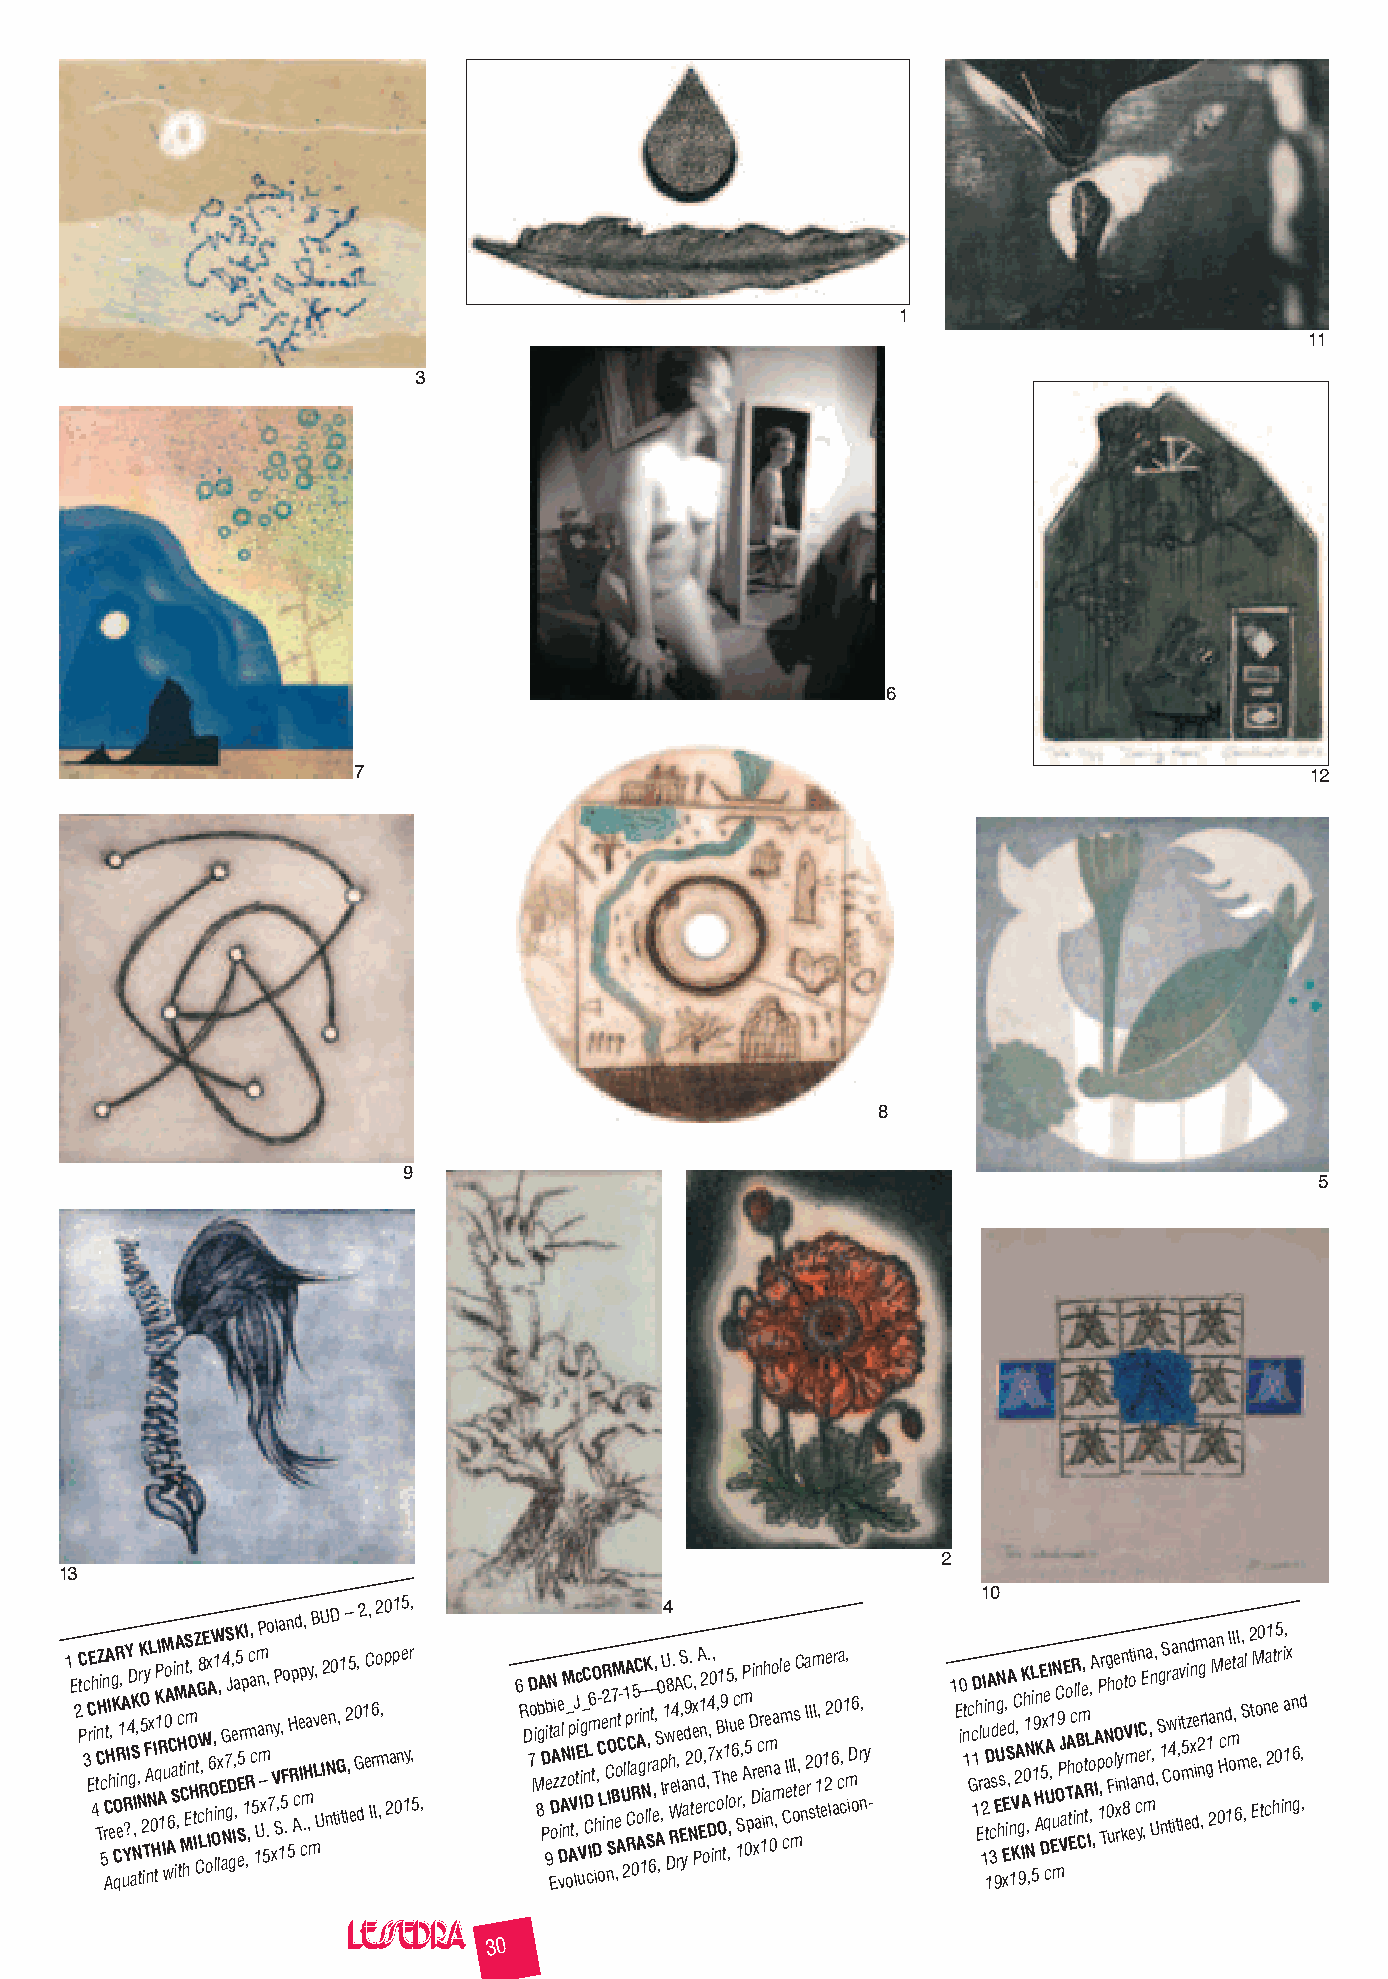
1
 11
 3
 6
 7                                                               12
 8
 9
 5
 2
 13
 10
 1 E 2 tC Pc 3 C ErE h 4 i tC TnZ Hi c 5n rC AtA HI h e ,g K O C
 q
 R R ei1, nA uYR ? Y I4D g aSK , NI , , N trK 5 O 2 iTy F A nNL x 0 HI tqP K 1I AR 1 M Iu w0o A A 6C Sa i M iA , n c H tt C M hiS Et m nA O H, t I Z CtG c8 W LR,E ohx IA 6 OW O,1 i
 l
 , lx nE aG N4 7S gJ D g, e I,a ,K 5 S5 eE rp 1 mI ,R ,c, a c 5 1U m n aP m – x 5, .no 7 xVyP Sl , 1a , 5Fo . n 5 H Rp Acd e Ip cm ., Ha , y m B , Lv U U e I2 nNn0D tG, i1 t2– l,5 e 0 G d,2 1 e C, I6 r Io2 m ,, p 0 2ap1 0ne5 1yr ,, 5 , 6 R D D 7o Mi 8 gbA D Pe 9b iN t D EoAa zi e vDiAzl NM n _ oop AV tIJ lc ,tEi uVI ig_C n D CL cIm6 tO D ih ,- oC L eR i2 C nnIO Sn7 BM ,eo At C - U 21 lA p RCC la 0R5 rC AA ogi 1— NnK l S, r l 6t , ea, , S A ,0 p ,IU 4 1 w r D8 h W Re. 4A e r, lS E, a yadC 9 2 N. n te, x P0 e A d E1 n2 o, r,. D7,4 c0 i, T n x, B o1 O9 h t1 ll5 ,,o u e6 c, 1Sre ,m ,AP 5 0 p D Di r xan ecr 1i ih e n a nm 0o a ma , l m cCe I eI m oIs tC , e n a I 2 r sI m I 0 1 t, e 1 2e 2 l6 ar 0 ca c,1 m, iD o6 r n, y - 1 E i0 nt 1c G c 1D 1h Erl 12 I u ai t 1DA n c 3 sd E 9UgN h se E E x, i,SA d n
 1
 V KC 2A, g
 9
 A IK h 01 N N,
 ,
 L 5i 19 H An K E D5xe q cA UI 1 , E u mN OC 9 PJ VaE o T A h t EcR il AoB n Cl me, Rt tL Io ,,A , IA p 1P ,r T Ng o 0h F ue lO i xo ry n kn 8t V m l eot a i I c yn neC ,E ma r d,n U, , , S g 1 nS Cwr t4a a o it,in v lmt 5 ezid xn de im 2 ng ,r l g1 2a aM n n 0Hce d 1m oI tI , 6I a m , S ,l 2 et EM o ,0 t n ca 21 e ht 05 r ii 1a, nx n 6 g d , ,
 30